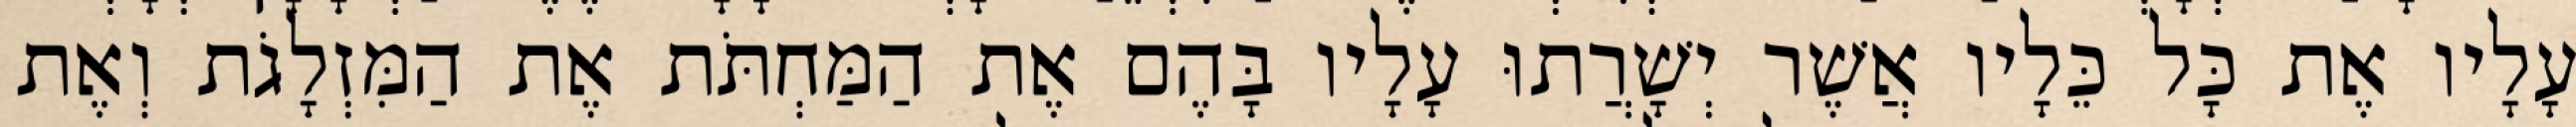
עָלָיו אֶת כָּל כֵּלָיו אֲשֶׁר יְשָׁרֲתוּ עָלָיו בָּהֶם אֶת הַמַּחְתֹּת אֶת הַמִּזְלָגֹת וְאֶת